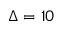
\Delta = 1 0